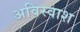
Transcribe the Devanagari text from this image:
अविस्वाश